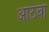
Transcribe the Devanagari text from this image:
आंठवा